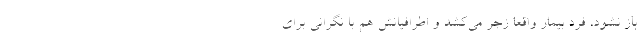
باز نشود، فرد بیمار واقعا زجر می‌کشد و اطرافیانش هم با نگرانی برای